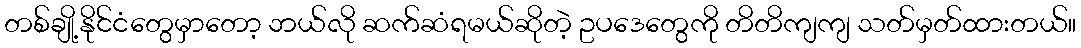
တစ်ချို့နိုင်ငံတွေမှာတော့ ဘယ်လို ဆက်ဆံရမယ်ဆိုတဲ့ ဥပဒေတွေကို တိတိကျကျ သတ်မှတ်ထားတယ်။